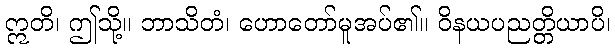
ဣတိ၊ ဤသို့။ ဘာသိတံ၊ ဟောတော်မူအပ်၏။ ဝိနယပညတ္တိယာပိ၊